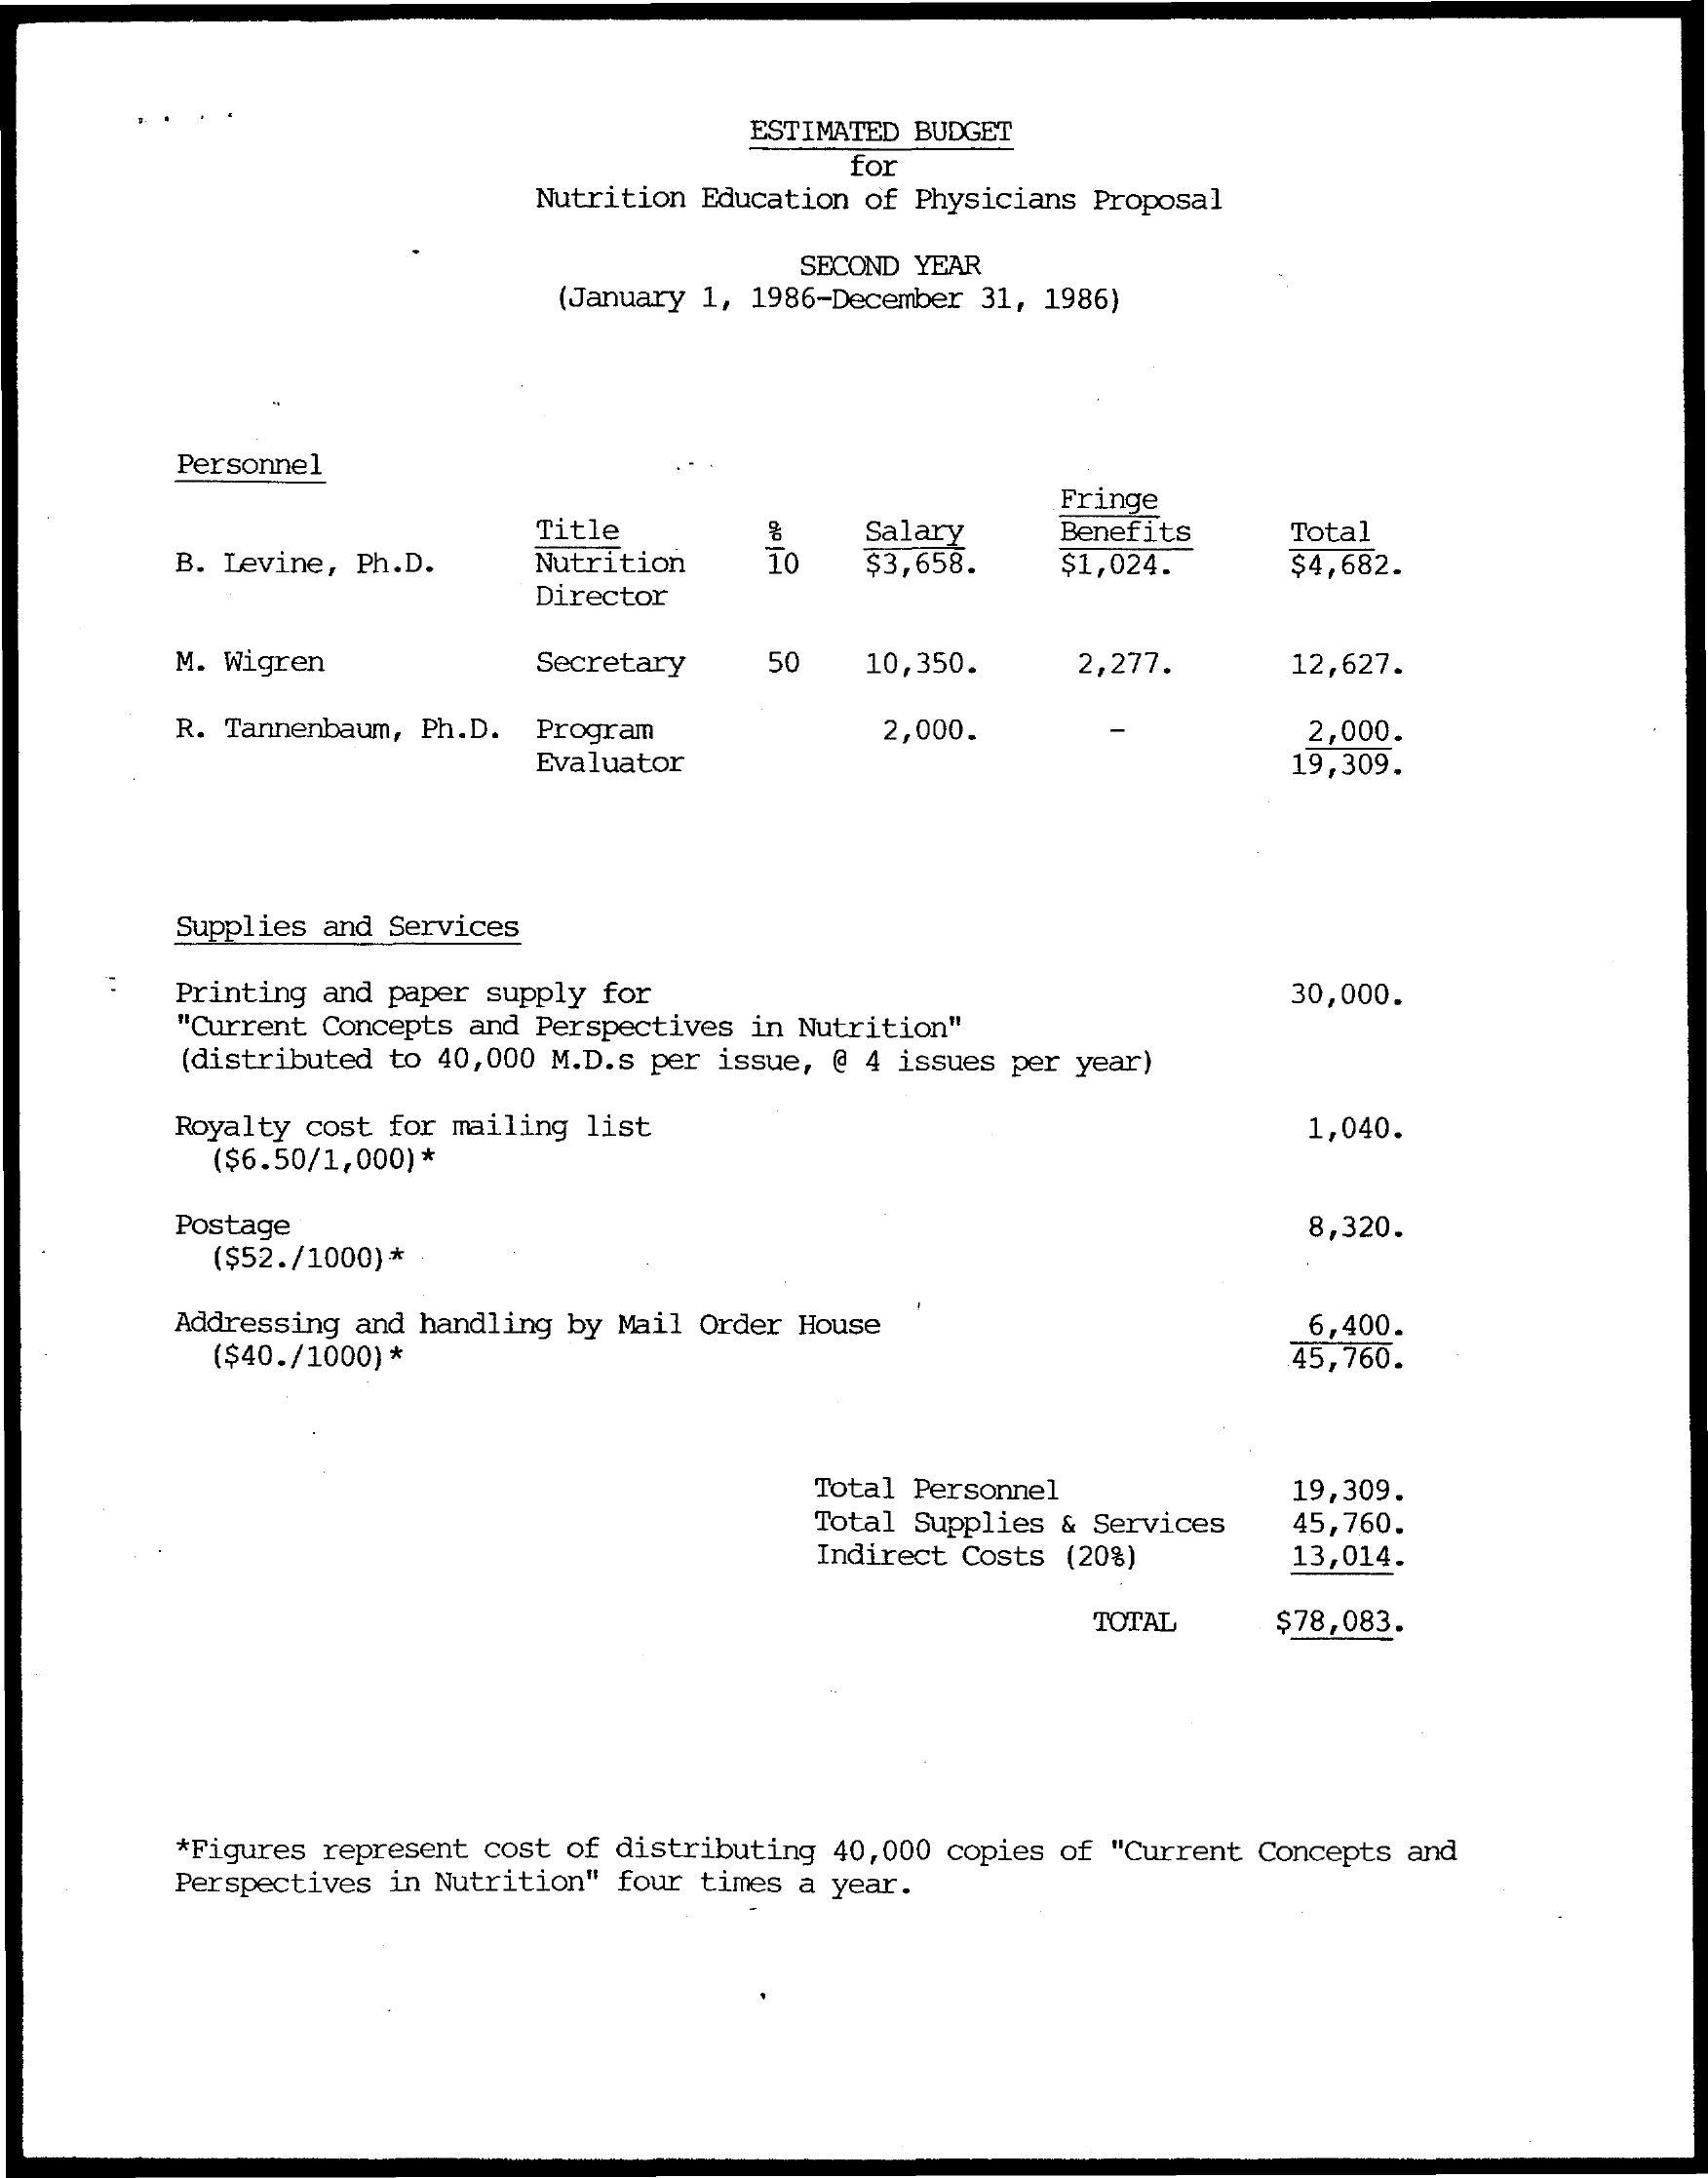
ESTIMATED BUDGET
     for
     Nutrition Education of Physicians Proposal
     SECOND YEAR
     (January 1, 1986-December 31, 1986)
     Personnel
     Fringe
     Title    Benefits
     B. Levine, Ph.D.   Nutrition
     Total
     TO
     Salary
     $3,658.    $1,024.    $4,682.
     Director
     M. Wigren    Secretary   50   10,350.    2,277.    12,627.
     R. Tannenbaum, Ph.D. Program    2,000.    -    2,000.
     Evaluator    19,309.
     Supplies and Services
     Printing and paper supply for
     "Current Concepts and Perspectives in Nutrition"
     30,000.
     (distributed to 40,000 M.D.s per issue, @ 4 issues per year)
     Royalty cost for mailing list
     ($6.50/1,000) *
     1,040.
     Postage
     ($52./1000) *
     8,320.
     Addressing and handling by Mail Order House
     ($40./1000) *
     6,400.
     45,760.
     Total Personnel
     Total Supplies & Services
     19,309.
     Indirect Costs (20%)
     45,760.
     13,014.
     TOTAL    $78,083.
     *Figures represent cost of distributing 40,000 copies of "Current Concepts and
     Perspectives in Nutrition" four times a year.